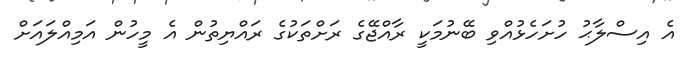
އެ އިސްލާޙު ހުށަހެޅުއްވި ބޭނުމަކީ ރާއްޖޭގެ ރަށްތަކުގެ ރައްޔިތުން އެ މީހުން އަމިއްލައަށް